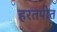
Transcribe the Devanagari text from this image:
हरतपीत